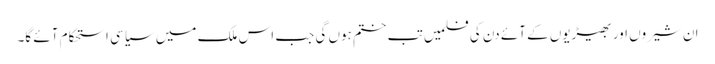
ان شیروں اور بھیڑیوں کے آئے دن کی فلمیں تب ختم ہوں گی جب اس ملک میں سیاسی استحکام آئے گا۔